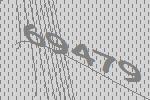
69479